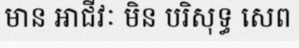
មាន អាជីវៈ មិន បរិសុទ្ធ សេព